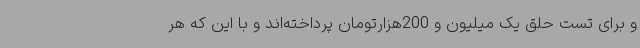
و برای تست حلق یک میلیون و 200هزارتومان پرداخته‌اند و با این که هر